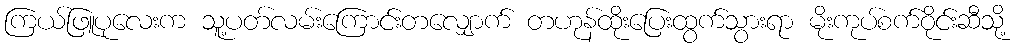
ကြယ်ဖြူပုလေးက သူ့ပတ်လမ်းကြောင်းတလျှောက် တဟုန်ထိုးပြေးထွက်သွားရာ မိုးကုပ်စက်ဝိုင်းဆီသို့